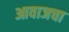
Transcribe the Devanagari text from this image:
आवाजचा